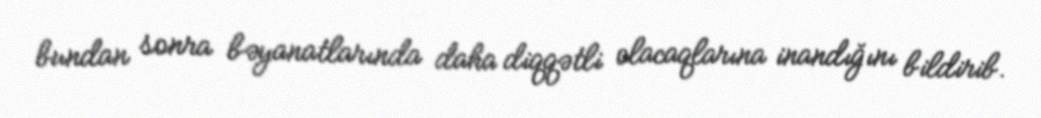
bundan sonra bəyanatlarında daha diqqətli olacaqlarına inandığını bildirib.